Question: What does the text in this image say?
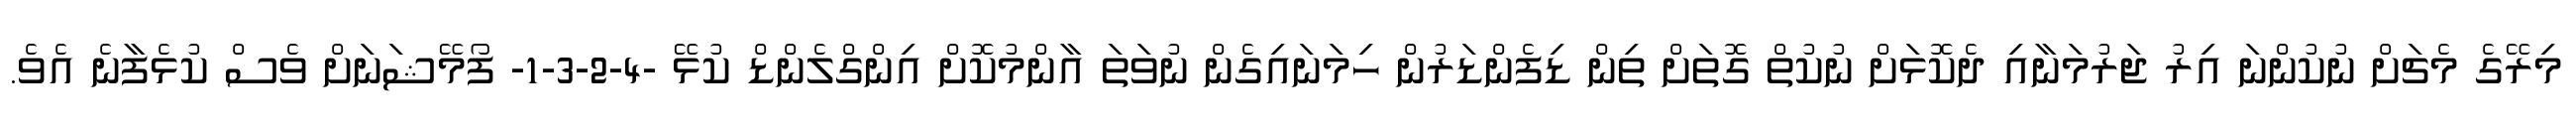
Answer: މިރޭގެ މެޗަށް ނުކުންނަ އިރު ޖަރުމަނާއި ދެކޮޅަށް ނުކުތް ގޮތަށް ތިން ޑިފެންޑަރުން ހިމަނައިގެން ނުވަތަ އާންމުކޮށް އިންގްލެންޑް ކުޅޭ -4-2-3-1- ފޯމޭޝަނަށް ވެސް ކުޅެފާނެ އެވެ.